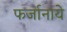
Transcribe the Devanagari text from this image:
फर्जानाये